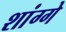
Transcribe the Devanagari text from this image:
शांग्गे